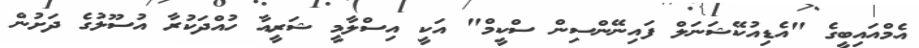
އެމްއައިބީގެ "އެޑިއުކޭޝަނަލް ފައިނޭންސިން ސްކީމް" އަކީ އިސްލާމީ ޝަރީއާ ހުއްދަކުރާ އުސޫލުގެ ދަށުން